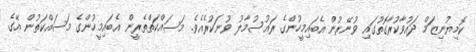
ކޮމިޔުނިޒަމް ދައުވާކުރާގޮތުގައި ވުނޭރުން އެބައިމީހުންގެ ރައުސުމާލު ވުނަކުރެއެވެ. މަސައްކަތްތެރީން އެބައިމީހުންގެ މަސައްކަތުން އޭގެ